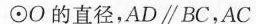
\odot O的直径，AD\parallel BC，AC